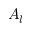
A _ { l }